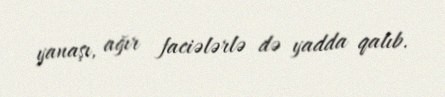
yanaşı, ağır faciələrlə də yadda qalıb.